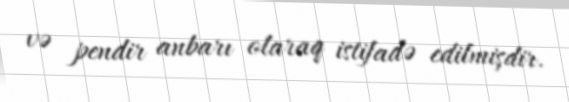
və pendir anbarı olaraq istifadə edilmişdir.